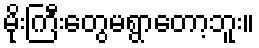
မိုးကြီးတွေမရွာတော့ဘူး။